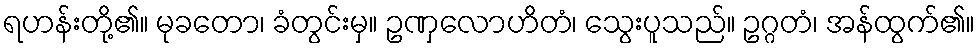
ရဟန်းတို့၏။ မုခတော၊ ခံတွင်းမှ။ ဥဏှလောဟိတံ၊ သွေးပူသည်။ ဥဂ္ဂတံ၊ အန်ထွက်၏။